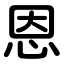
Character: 恩